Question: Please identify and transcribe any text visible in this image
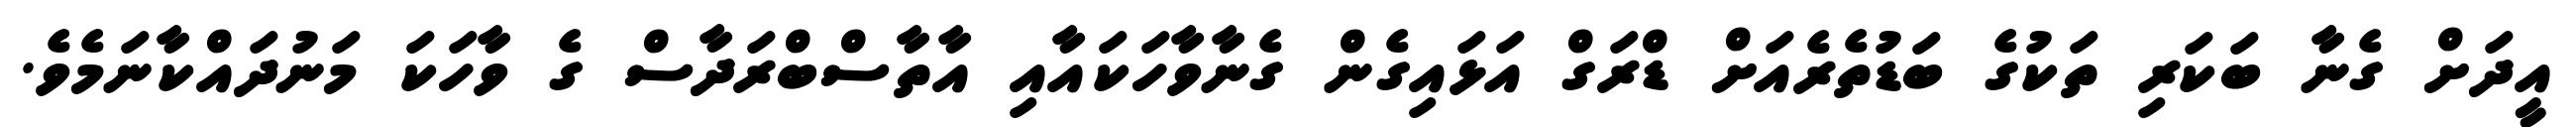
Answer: އީދަށް ގެނާ ބަކަރި ތަކުގެ ބަޑުތެރެއަށް ޑްރަގް އަޅައިގެން ގެނާވާހަކައާއި އާތާސްބްރަދާސް ގެ ވާހަކަ މަނުދައްކާނަމެވެ.